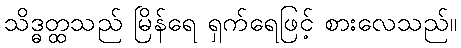
သိဒ္ဓတ္ထသည် မြိန်ရေ ရှက်ရေဖြင့် စားလေသည်။